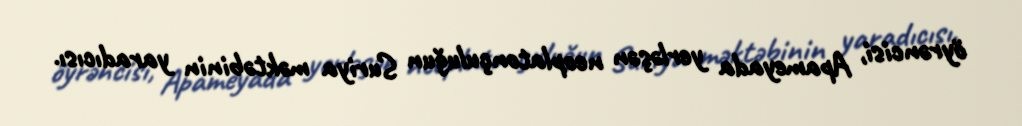
öyrəncisi, Apameyada yerləşən neoplatonçuluğun Suriya məktəbinin yaradıcısı.